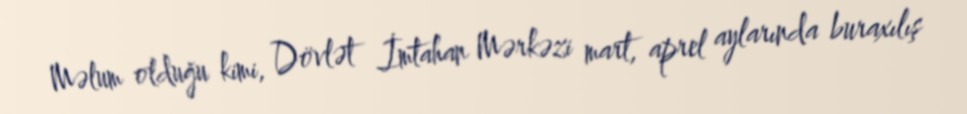
Məlum olduğu kimi, Dövlət İmtahan Mərkəzi mart, aprel aylarında buraxılış